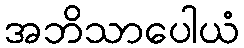
အဘိသာပေါယံ